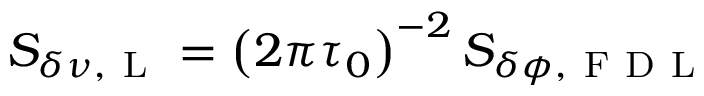
S _ { \delta \nu , \mathrm { ~ L ~ } } = \left( 2 \pi \tau _ { 0 } \right) ^ { - 2 } S _ { \delta \phi , \mathrm { ~ F ~ D ~ L ~ } }